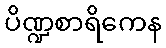
ပိဏ္ဍစာရိကေန